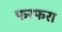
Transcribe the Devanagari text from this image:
फरफरा